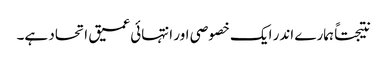
نتیجتاً ہمارے اندر ایک خصوصی اور انتہائی عمیق اتحاد ہے۔